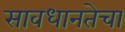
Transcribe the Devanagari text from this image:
सावधानतेचा